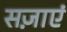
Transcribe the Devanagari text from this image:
सज़ाएं